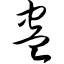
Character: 蛊